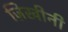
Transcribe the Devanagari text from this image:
ज़िखीनी